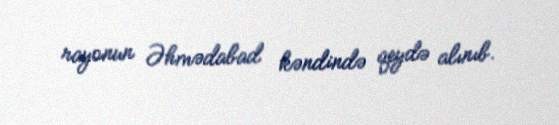
rayonun Əhmədabad kəndində qeydə alınıb.